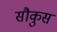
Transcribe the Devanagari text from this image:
सौकुस